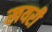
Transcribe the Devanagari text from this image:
खयरी